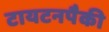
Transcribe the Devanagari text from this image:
टायटनपैकी